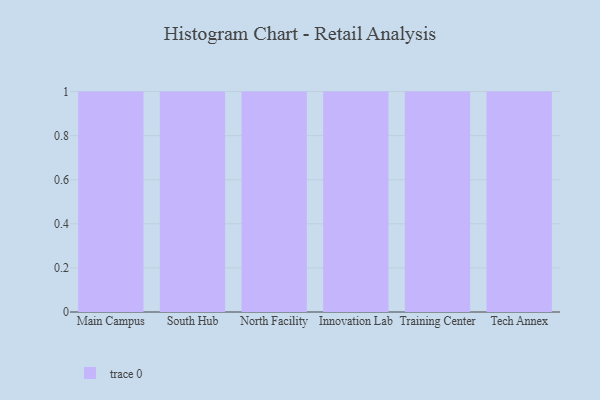
{"axis": {"x": "Campus", "y": "Operating Costs (USD K)"}, "legend": [""], "data": [{"x": "Main Campus", "y": 28, "type": ""}, {"x": "South Hub", "y": 12, "type": ""}, {"x": "North Facility", "y": 89, "type": ""}, {"x": "Innovation Lab", "y": 74, "type": ""}, {"x": "Training Center", "y": 35, "type": ""}, {"x": "Tech Annex", "y": 83, "type": ""}]}